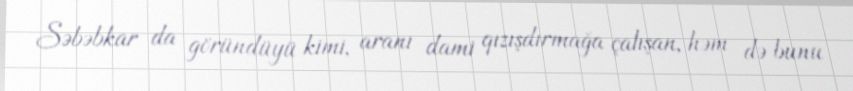
Səbəbkar da göründüyü kimi, aranı dami qızışdırmağa çalışan, həm də bunu